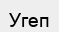
Угеп